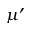
\mu ^ { \prime }